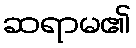
ဆရာမ၏